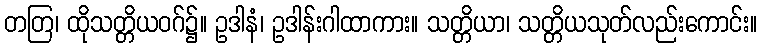
တတြ၊ ထိုသတ္တိယဝဂ်၌။ ဥဒါနံ၊ ဥဒါန်းဂါထာကား။ သတ္တိယာ၊ သတ္တိယသုတ်လည်းကောင်း။